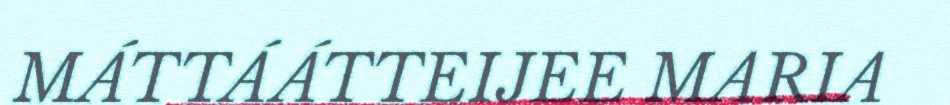
MÁTTÁÁTTEIJEE MARIA